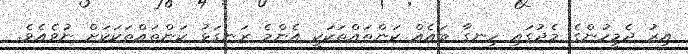
އިރު ދެމީހުންގެ މެދުގައި ހިނގާ ބައެއް ކަންތައްތަކަކީ އެންމެ ރަނގަޅު ކަންތައްތަކަކަށް ނުވެއެވެ.